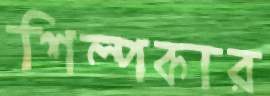
শিল্পকার